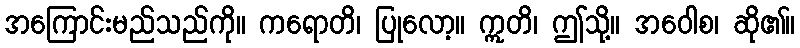
အကြောင်းမည်သည်ကို။ ကရောတိ၊ ပြုလော့။ ဣတိ၊ ဤသို့။ အဝေါစ၊ ဆို၏။